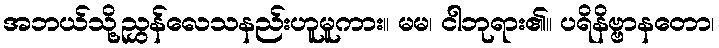
အဘယ်သို့ညွှန်လေသနည်းဟူမူကား။ မမ၊ ငါဘုရား၏။ ပရိနိဗ္ဗာနတော၊